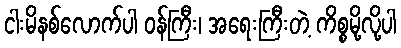
ငါးမိနစ်လောက်ပါ ဝန်ကြီး၊ အရေးကြီးတဲ့ ကိစ္စမို့လို့ပါ